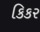
કિકર